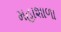
મહાશાળા